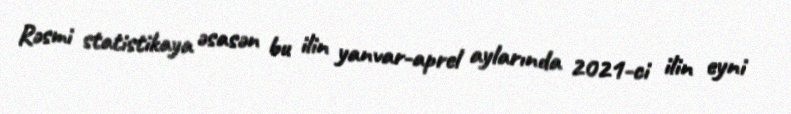
Rəsmi statistikaya əsasən bu ilin yanvar-aprel aylarında 2021-ci ilin eyni